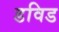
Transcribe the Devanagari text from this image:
डविड